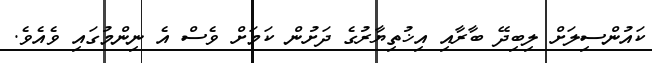
ކައުންސިލަށް ލިބިދޭ ބާރާއި އިޚުތިޔާރުގެ ދަށުން ކަމަށް ވެސް އެ ނިންމުގައި ވެއެވެ.